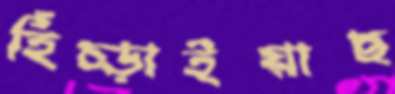
হিঁচ্‌ড়াইয়াছ